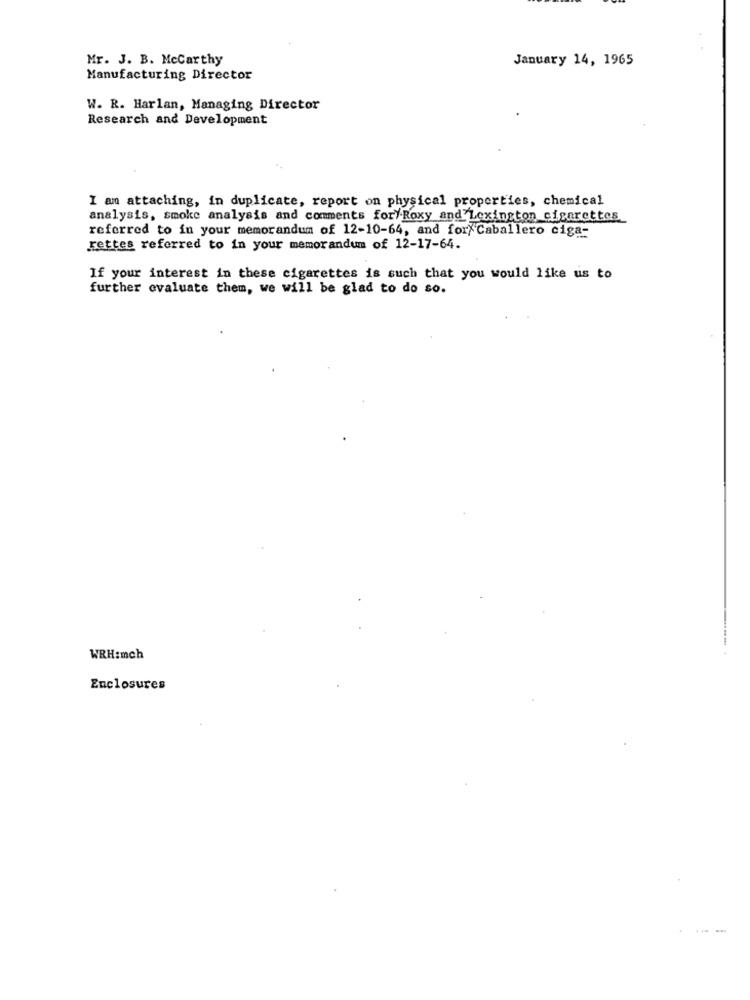
Mr. J. B. Mccarthy
January 14, 1965
Manufacturing Director
W. R. Harlan, Managing Director
Research and Development
I am attaching, in duplicate, report on physical properties, chemical
analysis, smoke analysis and comments for/ Roxy and Lexington cigarettes
referred to in your memorandum of 12-10-64, and for/ Caballero ciga-
rettes referred to in your memorandum of 12-17-64.
If your interest in these cigarettes is such that you would like us to
further evaluate them, we will be glad to do so.
WRH:mch
Enclosures